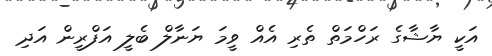
އަކީ ޔާޝާގެ ރަހްމަތް ތެރި އެއް ވީމަ ޔަނާލް ބެލީ އަފްރީން އަދި